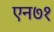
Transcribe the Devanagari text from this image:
एन७१